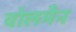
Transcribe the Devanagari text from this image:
वोलमैन